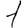
Digit: 1